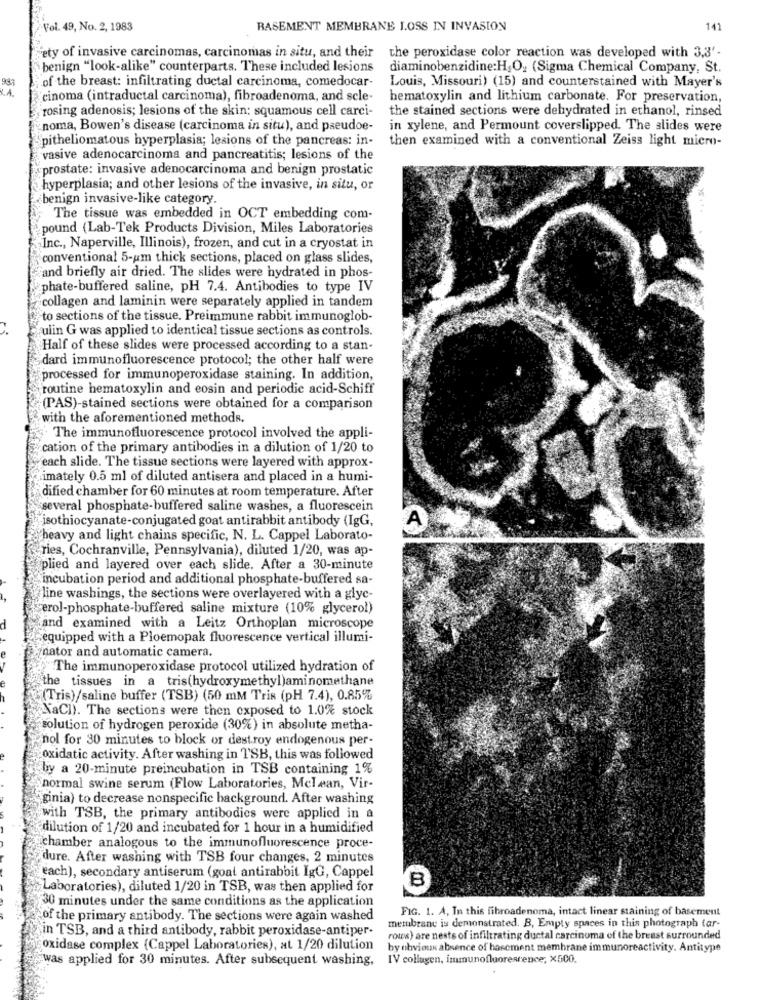
Vol. 49, No. 2, 1983
BASEMENT MEMBRANE LOSS IN INVASION
141
ety of invasive carcinomas, carcinomas in situ, and their
the peroxidase color reaction was developed with 3,3'-
benign "look-alike" counterparts. These included lesions
diaminobenzidine:H,O. (Sigma Chemical Company, St.
987
of the breast: infiltrating ductal carcinoma, comedocar-
K.A.
Louis, Missouri) (15) and counterstained with Mayer's
cinoma (intraductal carcinoma), fibroadenoma, and scle-
hematoxylin and lithium carbonate. For preservation,
rosing adenosis; lesions of the skin: squamous cell carci-
the stained sections were dehydrated in ethanol, rinsed
noma, Bowen's disease (carcinoma in situ), and pseudoe-
in xylene, and Permount coverslipped. The slides were
pitheliomatous hyperplasia; lesions of the pancreas: in-
then examined with a conventional Zeiss light micro-
vasive adenocarcinoma and pancreatitis; lesions of the
«prostate: invasive adenocarcinoma and benign prostatic
hyperplasia; and other lesions of the invasive, in situ, or
benign invasive-like category.
The tissue was embedded in OCT embedding com-
pound (Lab-Tek Products Division, Miles Laboratories
„Inc ., Naperville, Illinois), frozen, and cut in a cryostat in
conventional 5-um thick sections, placed on glass slides,
and briefly air dried. The slides were hydrated in phos-
phate-buffered saline, pH 7.4. Antibodies to type IV
collagen and laminin were separately applied in tandem
to sections of the tissue. Preimmune rabbit immunoglob-
ulin G was applied to identical tissue sections as controls.
Half of these slides were processed according to a stan-
dard immunofluorescence protocol; the other half were
processed for immunoperoxidase staining. In addition,
routine hematoxylin and eosin and periodic acid-Schiff
(PAS)-stained sections were obtained for a comparison
with the aforementioned methods.
The immunofluorescence protocol involved the appli-
cation of the primary antibodies in a dilution of 1/20 to
each slide. The tissue sections were layered with approx-
imately 0.5 ml of diluted antisera and placed in a humi-
dified chamber for 60 minutes at room temperature. After
several phosphate-buffered saline washes, a fluorescein
isothiocyanate-conjugated goat antirabbit antibody (IgG,
A
heavy and light chains specific, N. L. Cappel Laborato-
ries, Cochranville, Pennsylvania), diluted 1/20, was ap-
plied and layered over each slide. After a 30-minute
incubation period and additional phosphate-buffered sa-
line washings, the sections were overlayered with a glyc-
erol-phosphate-buffered saline mixture (10% glycerol)
and examined with a Leitz Orthoplan microscope
equipped with a Ploemopak fluorescence vertical illumi-
nator and automatic camera.
The immunoperoxidase protocol utilized hydration of
the tissues in a tris(hydroxymethyl)aminomethane
(Tris)/saline buffer (TSB) (50 mM Tris (pH 7.4), 0.85%
NaCI). The sections were then exposed to 1.0% stock
solution of hydrogen peroxide (30%) in absolute metha-
nol for 30 minutes to block or destroy endogenous per-
oxidatic activity. After washing in TSB, this was followed
by a 20-minute preincubation in TSB containing 1%
normal swine serum (Flow Laboratories, Mclean, Vir-
"ginia) to decrease nonspecific background. After washing
with TSB, the primary antibodies were applied in a
dilution of 1/20 and incubated for 1 hour in a humidified
chamber analogous to the immunofluorescence proce-
dure. After washing with TSB four changes, 2 minutes
each), secondary antiserum (goat antirabbit IgG, Cappel
Laboratories), diluted 1/20 in TSB, was then applied for
B
30 minutes under the same conditions as the application
FIG. 1. A. In this fibroadenoma, intact linear staining of basement
of the primary antibody. The sections were again washed
membrane is demonstrated. B, Empty spaces in this photograph far-
in TSB, and a third antibody, rabbit peroxidase-antiper-
rows) are nests of infiltrating ductal carcinoma of the breast surrounded
oxidase complex (Cappel Laboratories), at 1/20 dilution
by obvious absence of basement membrane immunoreactivity. Antitype
was applied for 30 minutes. After subsequent washing,
IV collagen, immunofluorescence; X500.